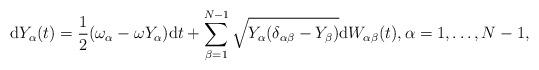
LaTeX: \begin{align*}\mathrm{d}Y_\alpha(t) = \frac{1}{2} (\omega_\alpha-\omega Y_\alpha) \mathrm{d}t+ \sum_{\beta=1}^{N-1} \sqrt{Y_\alpha(\delta_{\alpha\beta}-Y_\beta)}\mathrm{d}W_{\alpha\beta}(t), \alpha = 1,\dots,N-1,\end{align*}